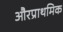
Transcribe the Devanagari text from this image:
औरप्राथमिक